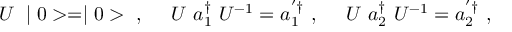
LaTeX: U ~ \mid 0 > = \mid 0 > ~ , ~ ~ ~ ~ U ~ a _ { 1 } ^ { \dag } ~ U ^ { - 1 } = a _ { 1 } ^ { ' \dag } ~ , ~ ~ ~ ~ U ~ a _ { 2 } ^ { \dag } ~ U ^ { - 1 } = a _ { 2 } ^ { ' \dag } ~ ,